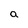
Character: a